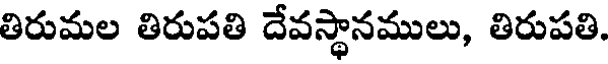
తిరుమల తిరుపతి దేవస్థానములు, తిరుపతి.